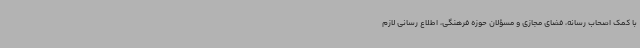
با کمک اصحاب رسانه، فضای مجازی و مسؤلان حوزه فرهنگی، اطلاع رسانی لازم